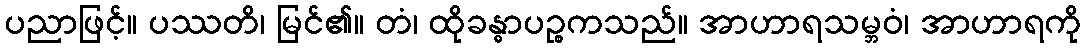
ပညာဖြင့်။ ပဿတိ၊ မြင်၏။ တံ၊ ထိုခန္ဓာပဉ္စကသည်။ အာဟာရသမ္ဘဝံ၊ အာဟာရကို